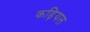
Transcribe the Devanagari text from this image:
कड़ियल